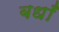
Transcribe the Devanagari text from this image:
बधाँ